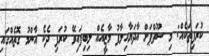
ކުރަފިތަކެއް: މި ސޫތްޕަށް އާދަޔާހިލާފު މާޒީއެއް ލިބިފައިވޭ ކުރަފި ދެކެ އާންމު ގޮތެއްގައި